Annual administration and progress report of the Indian Medical Department, Bombay
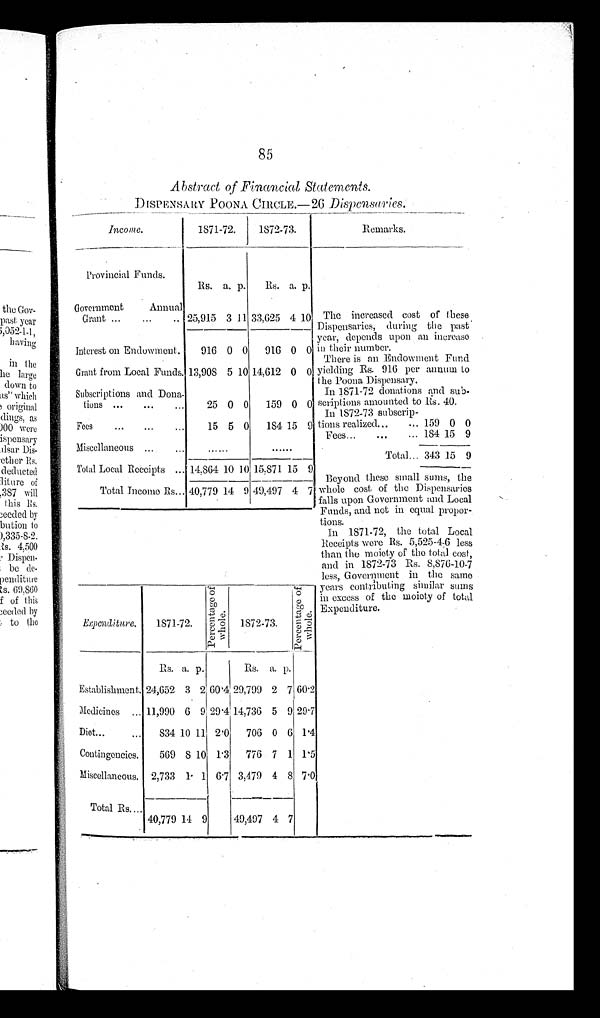
85
Abstract of Financial Statements.
DISPENSARY POONA CIRCLE.—26 Dispensaries.
Income.
1871-72.
1872-73.
Remarks.
Provincial Funds.
Rs. a. p.
R s . a. p.
The increased cost of these.
Dispensaries, during the past
year, depends upon an increase
in their number.
There is an Endowment Fund
yielding Rs. 916 per annum to
the Poona Dispensary,
In 1871-72 donations and sub-
scriptions amounted to Rs. 40.
In 1872-73 subscrip-
Government
Annual
3 11 33,625 4 10
Grant ...
...
...25,915
Interest on Endowment.
916 0 0
916 0 0
Grant from Local Funds.. 13,908 5 10 14,612 0 0
Subscriptions and Dona-
0 0
159 0 0
tions ...
...
...
25
Fees
...
...
...
15 5 0
184 15 9 tions realized...
... 159 0 0
Miscellaneous ...
. . .
. . . . . .
. . . . . .
Fees...
...
... 18415 9
Total... 343 15 9
Total Local Receipts ... 14,864 10 10 15,871 15 9 Beyond these small sums, the
whole cost of the Dispensaries
falls upon Government and Local
Funds, and not in equal propor-
tions.
In 1871-72, the total Local
Receipts were Rs. 5,525-4-6 less
than the moiety of the total cost,
and in 1872-73 Rs. 8,876-10-7
less, Government in the same
years contributing similar sums
in excess of the moiety of total
Expenditure.
Total Income Rs... 40,779 14 9 49,497 4 7
Exponaiture.
1871-72.
P e r c e n t a g o o f w h o l e .
1872-73.
P e r c e n t a g e o f w h o l e .
Rs. a. p.
Rs. a. p.
Establishment. 24,652 3 2 60.4 29,799 2 7 60.2
Medicines ... 11,990 6
9 29.4 14,736 5 9 29.7
Diet...
... 834 10 11 2.0
706 0 6 1.4
Contingencies.
569
8 10 1.3
776 7 1 1.5
Miscellaneous. 2,733 1. 1 6.7 3,479 4 8 7.0
Total Rs....
40,779 14 9
49,497 4 7